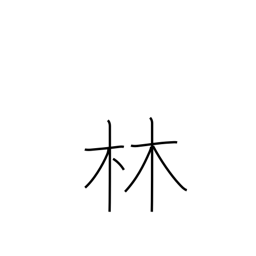
Meaning: forest